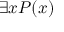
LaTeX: \exists x P ( x )